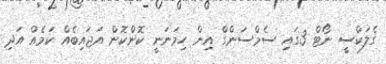
ގެލަކްސީ ނޯޓް 3ގައި ސެމްސަންގް އިން ހިމަނަނީ ކޮންކޮން އަޖައިބެއް ކަމެއް އަދި